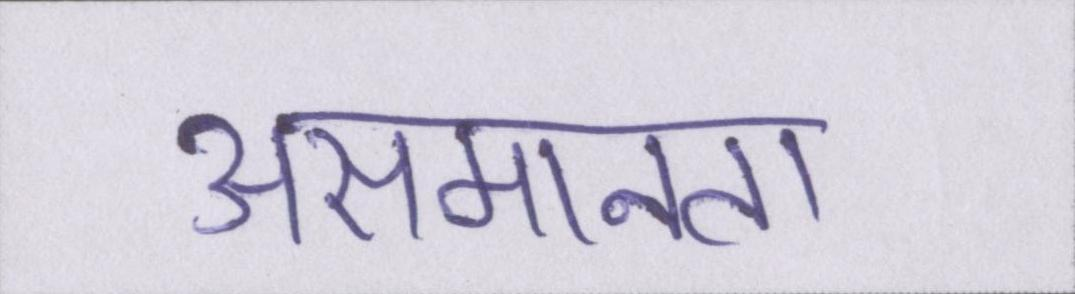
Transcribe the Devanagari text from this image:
असमानता